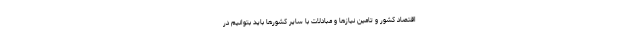
اقتصاد کشور و تامین نیازها و مبادلات با سایر کشورها باید بتوانیم در